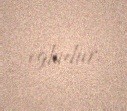
oğludur.